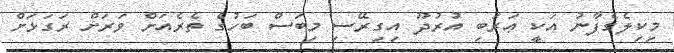
މިކިލެގެފާނު އަކީ ޢަރަބި އުރުދޫ އިގިރޭސި މިބަސް ބަހުގެ ތެރެއަށް ވަރަށް ރަގަޅަށް